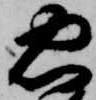
忠